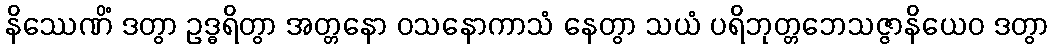
နိဿေဏိံ ဒတွာ ဥဒ္ဓရိတွာ အတ္တနော ဝသနောကာသံ နေတွာ သယံ ပရိဘုတ္တဘေသဇ္ဇာနိယေဝ ဒတွာ